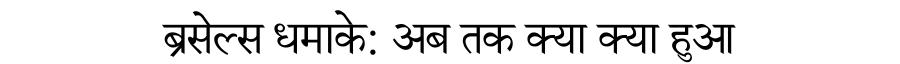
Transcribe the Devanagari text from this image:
ब्रसेल्स धमाके: अब तक क्या क्या हुआ